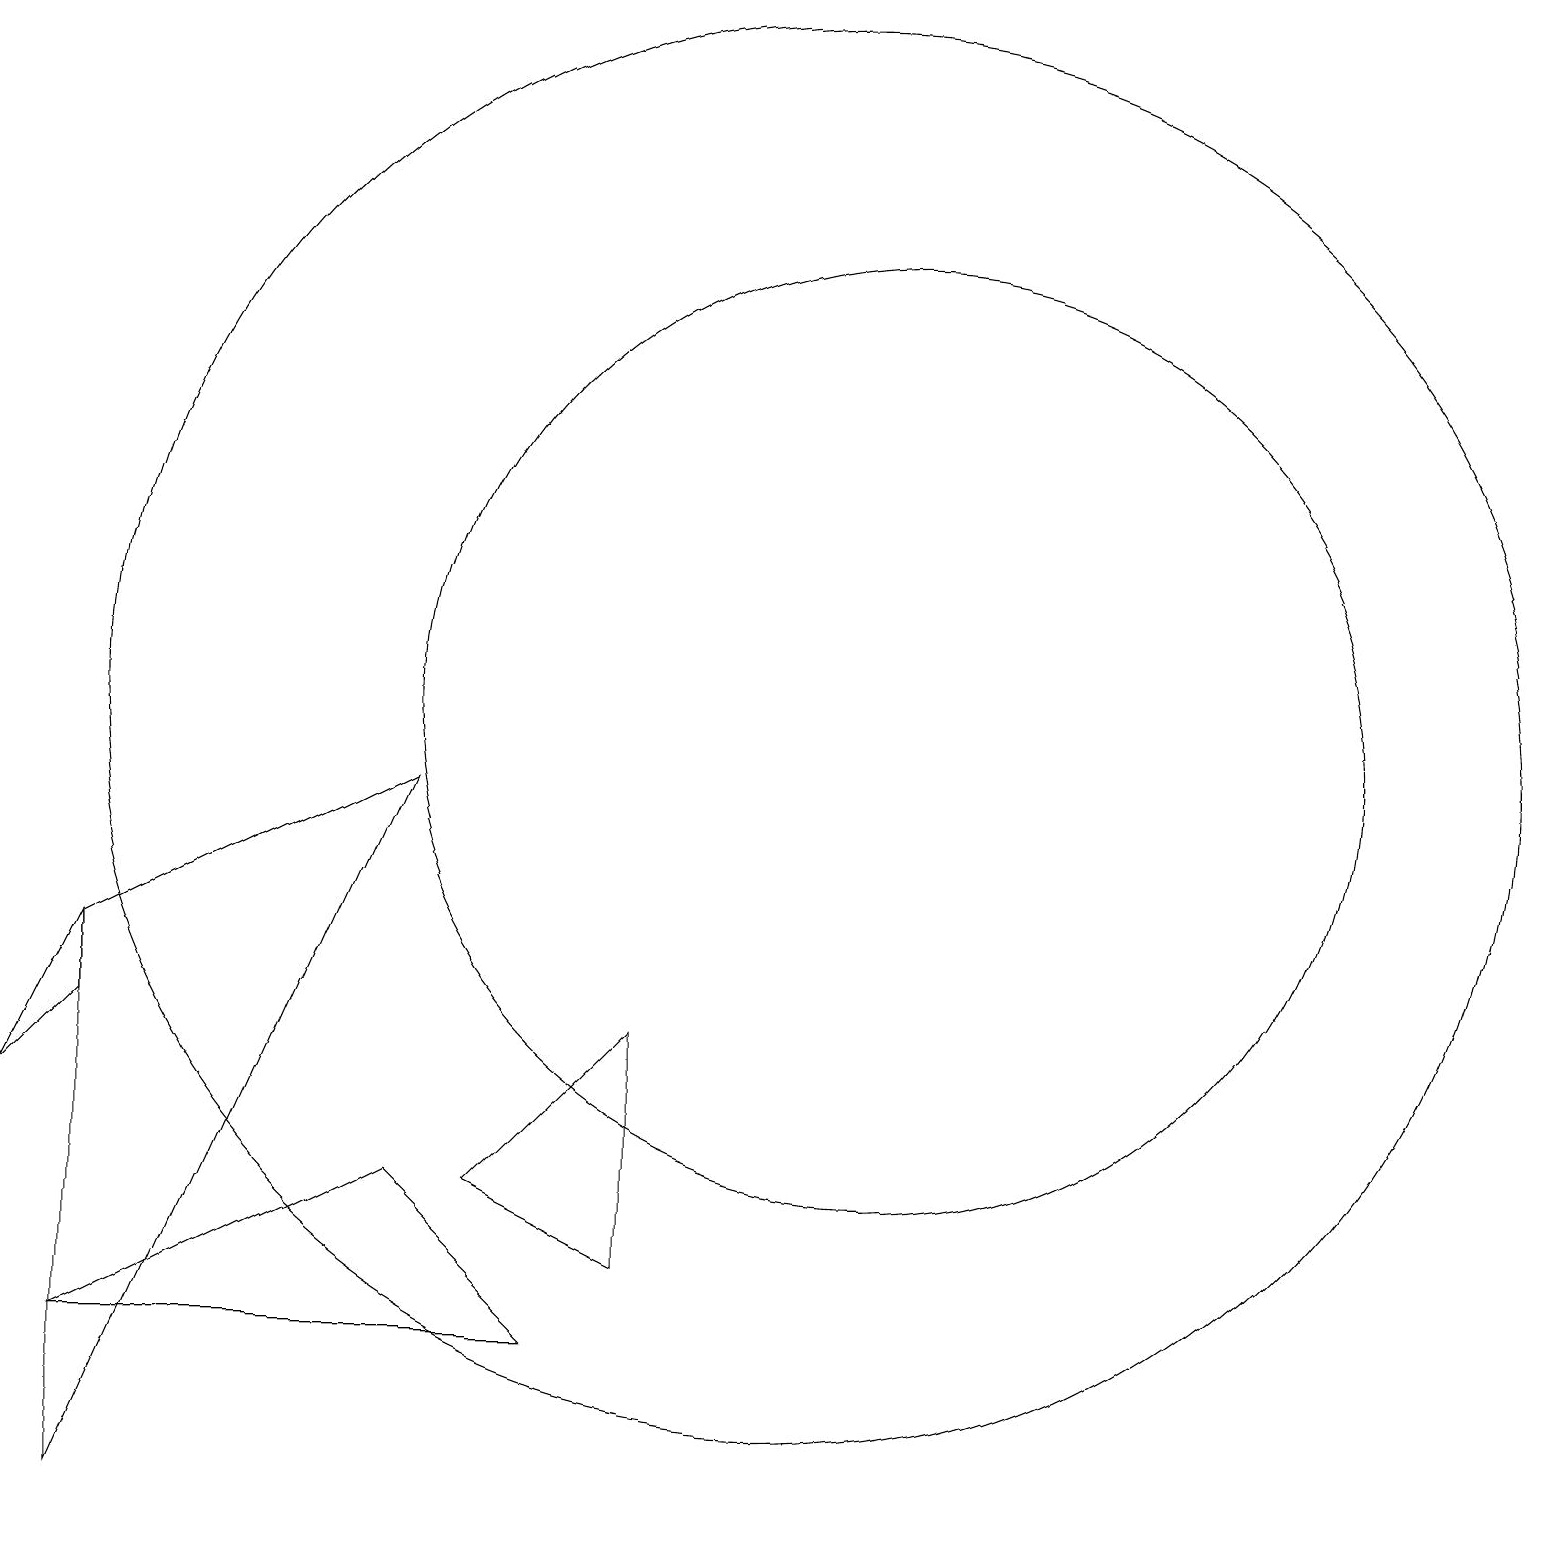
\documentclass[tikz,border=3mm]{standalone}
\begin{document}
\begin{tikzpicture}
\draw (1,6) -- (1,7) -- (0,5) -- cycle;
\draw (8,6) -- (8,3) -- (6,4) -- cycle;
\draw (10,10) circle (9);
\draw (1,7) -- (5,9) -- (1,0) -- cycle;
\draw (11,10) circle (6);
\draw (10,11) circle (0);
\draw (7,2) -- (1,2) -- (5,4) -- cycle;
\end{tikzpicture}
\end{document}